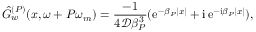
\hat { G } _ { w } ^ { ( P ) } ( x , \omega + P \omega _ { m } ) = \frac { - 1 } { 4 \mathcal { D } \beta _ { P } ^ { 3 } } ( \mathrm { e } ^ { - \beta _ { P } | x | } + \mathrm { i } \, \mathrm { e } ^ { \mathrm { - i } \beta _ { P } | x | } ) ,